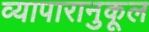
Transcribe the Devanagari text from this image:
व्यापारानुकूल